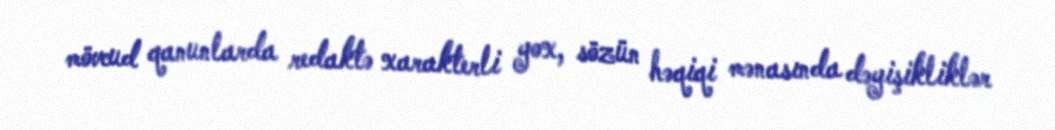
mövcud qanunlarda redaktə xarakterli yox, sözün həqiqi mənasında dəyişikliklər